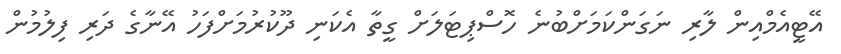
އޭޓީއެމްއިން ލާރި ނަގަންކަމަށްބުނެ ހޮސްޕިޓަލަށް ގީތާ އެކަނި ދޫކުރުމަށްފަހު އޭނާގެ ދަރި ފިލުމުން